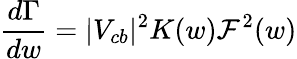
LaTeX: \frac{d\Gamma}{dw}=|V_{cb}|^{2}K(w){\cal F}^{2}(w)